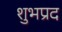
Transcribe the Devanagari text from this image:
शुभप्रद